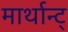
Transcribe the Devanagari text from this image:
मार्थान्ट्